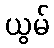
ယွမ်